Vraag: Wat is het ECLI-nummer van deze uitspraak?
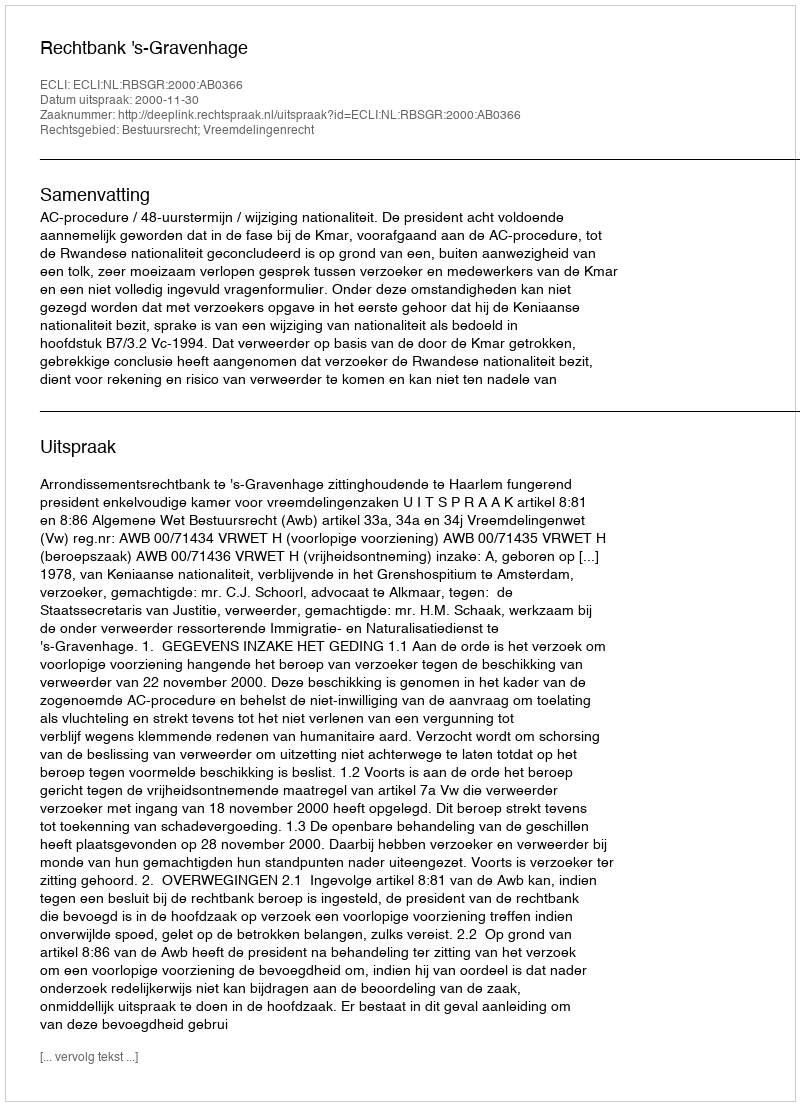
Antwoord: ECLI:NL:RBSGR:2000:AB0366